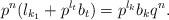
LaTeX: \begin{align*}p^{n}(l_{k_{1}}+p^{l_{t}}b_{t})=p^{l_{k}}{b_{k}}q^{n}.\end{align*}